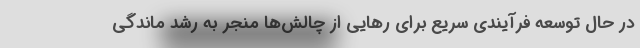
در حال توسعه فرآیندی سریع برای رهایی از چالش‌ها منجر به رشد ماندگی